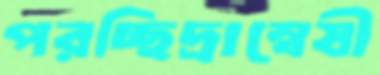
পরচ্ছিদ্রান্বেষী